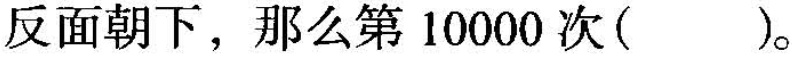
反面朝下，那么第10000次()。